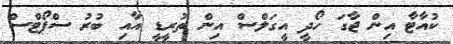
ކުއާޓާ އިން ޖާގަ ހޯދީ އީގަލްސް އިން ތުރީޑީ އާއި ބުރު ސްޕޯޓްސް